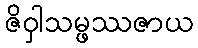
ဇိဝှါသမ္ဖဿဇာယ